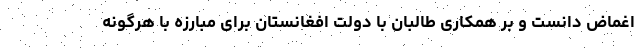
اغماض دانست و بر همکاری طالبان با دولت افغانستان برای مبارزه با هرگونه